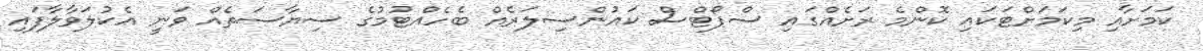
ކަމަށާއި މިކަމަށްޓަކައި ކޮންމެ ރަށެއްގައި ސްޕޯޓްސް ކައުންސިލަރެއް ބެހެއްޓުމުގެ ސިޔާސަތެއް ވަނީ އެކުލަވާލާފައި